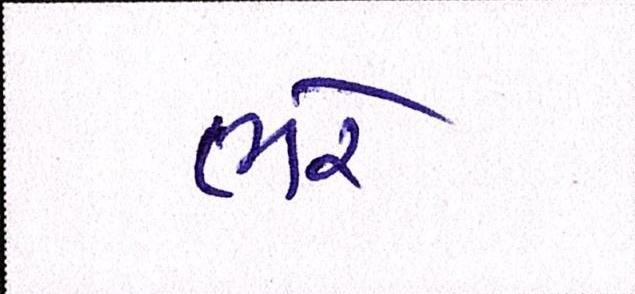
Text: ભરે